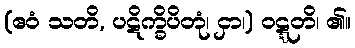
(ဧဝံ သတိ, ပဋိက္ခိပိတုံ၊ ငှာ၊) ဝဋ္ဋတိ၊ ၏။